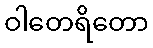
ဝါတေရိတော